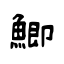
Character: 鯽